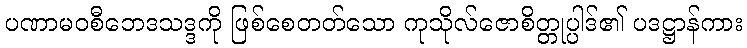
ပဏာမဝစီဘေဒသဒ္ဒကို ဖြစ်စေတတ်သော ကုသိုလ်ဇောစိတ္တုပ္ပါဒ်၏ ပဒဋ္ဌာန်ကား